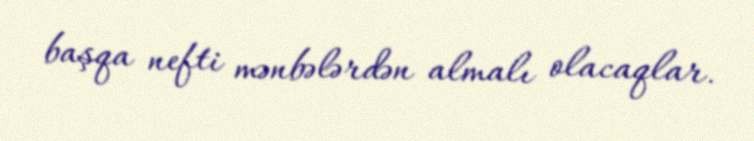
başqa nefti mənbələrdən almalı olacaqlar.